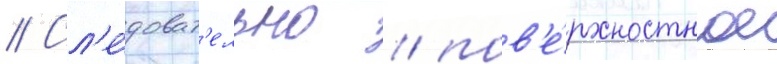
// Сл'е́доват'ельно / пов'е́рхностное